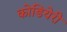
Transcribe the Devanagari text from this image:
कोडियेरी